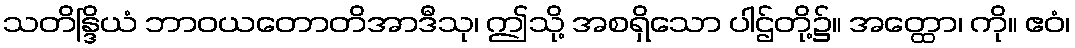
သတိန္ဒြိယံ ဘာဝယတောတိအာဒီသု၊ ဤသို့ အစရှိသော ပါဌ်တို့၌။ အတ္ထော၊ ကို။ ဧဝံ၊